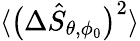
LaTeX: \langle\big(\Delta\hat{S}_{\theta,\phi_{0}}\big)^{2}\rangle